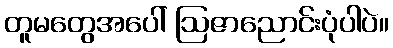
တူမတွေအပေါ် ဩဇာညောင်းပုံပါပဲ။